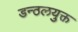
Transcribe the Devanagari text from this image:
डन्ठलयुक्त